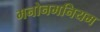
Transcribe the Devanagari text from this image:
मनोनमनियम